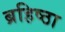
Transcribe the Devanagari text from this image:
ब्रहिष्ठा